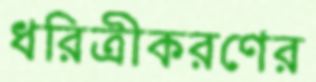
ধরিত্রীকরণের